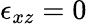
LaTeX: \epsilon_{xz}=0